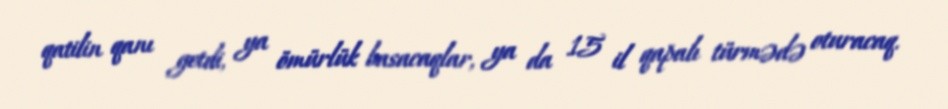
qatilin qanı getdi, ya ömürlük basacaqlar, ya da 15 il qapalı türmədə oturacaq.